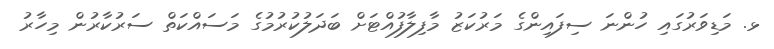
ޅ. މަޑިވަރުގައި ހުންނަ ސިފައިންގެ މަރުކަޒު މާފިލާފުއްޓަށް ބަދަލުކުރުމުގެ މަސައްކަތް ސަރުކާރުން މިހާރު